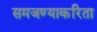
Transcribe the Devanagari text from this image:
समजण्याकरिता